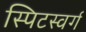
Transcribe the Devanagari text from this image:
स्पिटस्वर्ग